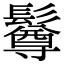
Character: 𩯄